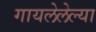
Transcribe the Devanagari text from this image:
गायलेलेल्या